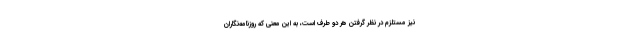
نیز مستلزم در نظر گرفتن هر دو طرف است، به این معنی که روزنامه‌نگاران